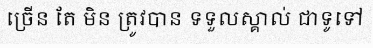
ច្រើន តែ មិន ត្រូវបាន ទទួលស្គាល់ ជាទូទៅ